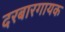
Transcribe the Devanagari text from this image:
दरबारगायक